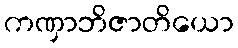
ကဏှာဘိဇာတိယော